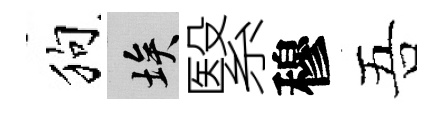
狗埃繄穆吾